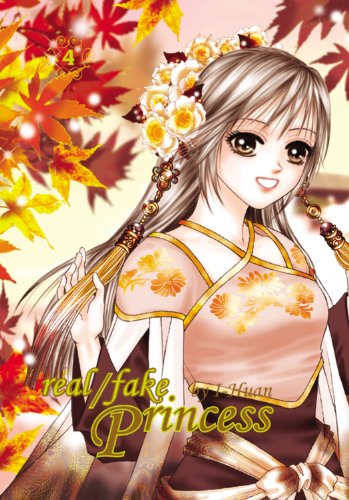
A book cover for Real Fake Princess Volume 4 (v. 4); I-Haun; Teen & Young Adult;